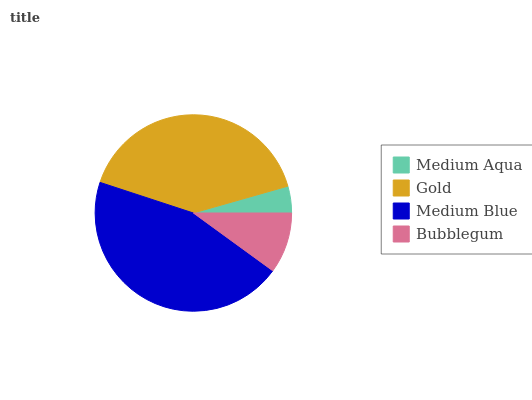
| Medium Aqua | Gold | Medium Blue | Bubblegum |
 | --- | --- | --- | --- |
 | 4.41% | 40.6% | 45% | 10% |